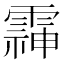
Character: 䨩